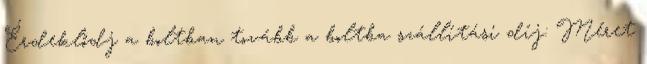
Érdeklődj a boltban tovább a boltba szállítási díj: Méret